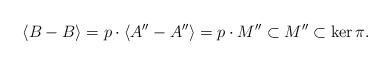
LaTeX: \begin{align*} \langle B -B \rangle = p \cdot \langle A''-A'' \rangle =p \cdot M'' \subset M'' \subset \ker \pi. \end{align*}